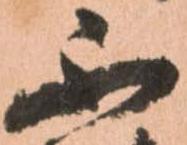
不